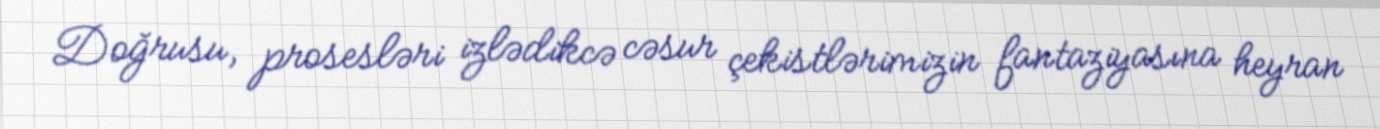
Doğrusu, prosesləri izlədikcə cəsur çekistlərimizin fantaziyasına heyran